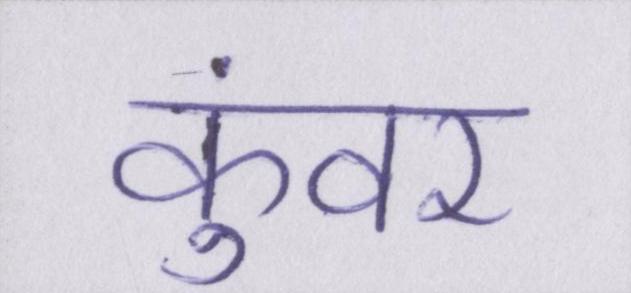
कुंवर